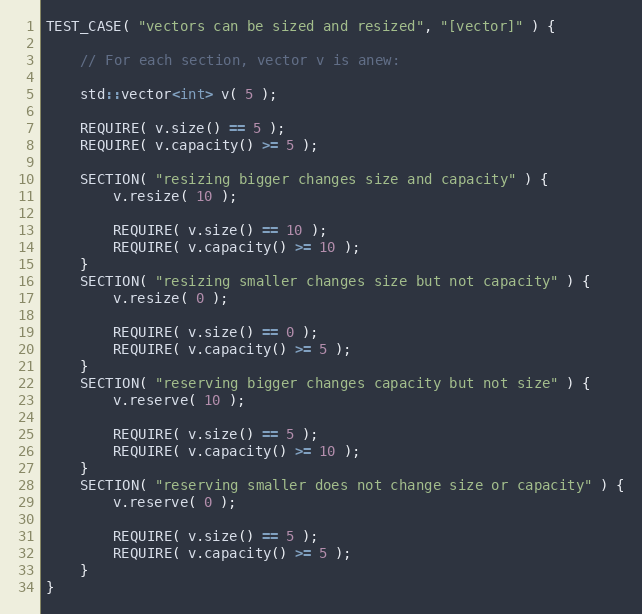
Language: C++
TEST_CASE( "vectors can be sized and resized", "[vector]" ) {

    // For each section, vector v is anew:

    std::vector<int> v( 5 );

    REQUIRE( v.size() == 5 );
    REQUIRE( v.capacity() >= 5 );

    SECTION( "resizing bigger changes size and capacity" ) {
        v.resize( 10 );

        REQUIRE( v.size() == 10 );
        REQUIRE( v.capacity() >= 10 );
    }
    SECTION( "resizing smaller changes size but not capacity" ) {
        v.resize( 0 );

        REQUIRE( v.size() == 0 );
        REQUIRE( v.capacity() >= 5 );
    }
    SECTION( "reserving bigger changes capacity but not size" ) {
        v.reserve( 10 );

        REQUIRE( v.size() == 5 );
        REQUIRE( v.capacity() >= 10 );
    }
    SECTION( "reserving smaller does not change size or capacity" ) {
        v.reserve( 0 );

        REQUIRE( v.size() == 5 );
        REQUIRE( v.capacity() >= 5 );
    }
}